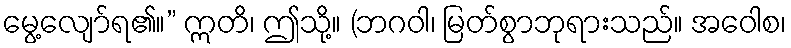
မွေ့လျော်ရ၏။” ဣတိ၊ ဤသို့။ (ဘဂဝါ၊ မြတ်စွာဘုရားသည်။ အဝေါစ၊